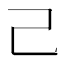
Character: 己